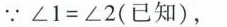
∵$$ ∠1=∠2 $$ (已知)，